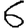
Digit: 6